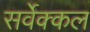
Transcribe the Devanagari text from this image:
सर्वेक्कल